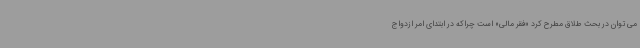
می توان در بحث طلاق مطرح کرد «فقر مالی» است چراکه در ابتدای امر ازدواج